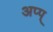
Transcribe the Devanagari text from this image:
अप्प्